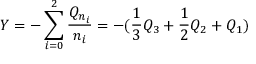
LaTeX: Y = - \sum _ { i = 0 } ^ { 2 } \frac { Q _ { n _ { i } } } { n _ { i } } = - ( \frac { 1 } { 3 } Q _ { 3 } + \frac { 1 } { 2 } Q _ { 2 } + Q _ { 1 } )